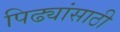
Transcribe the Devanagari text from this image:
पिढ्यांसाठी